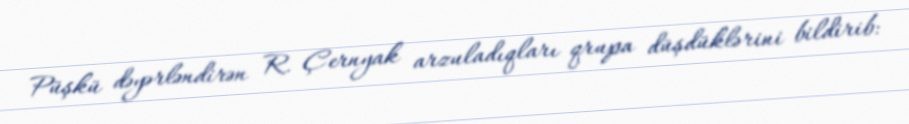
Püşkü dəyərləndirən R. Çernyak arzuladıqları qrupa düşdüklərini bildirib: